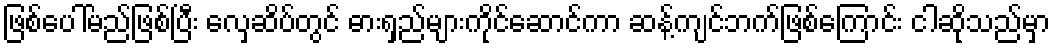
ဖြစ်ပေါ်မည်ဖြစ်ပြီး လှေဆိပ်တွင် ဓားရှည်များကိုင်ဆောင်ကာ ဆန့်ကျင်ဘက်ဖြစ်ကြောင်း ငါဆိုသည်မှာ